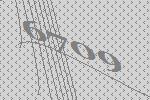
6709